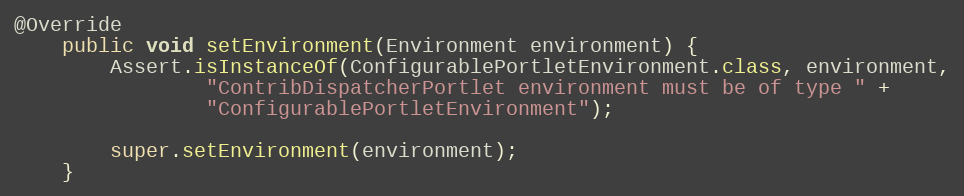
Language: Java
@Override
    public void setEnvironment(Environment environment) {
        Assert.isInstanceOf(ConfigurablePortletEnvironment.class, environment,
                "ContribDispatcherPortlet environment must be of type " +
                "ConfigurablePortletEnvironment");

        super.setEnvironment(environment);
    }